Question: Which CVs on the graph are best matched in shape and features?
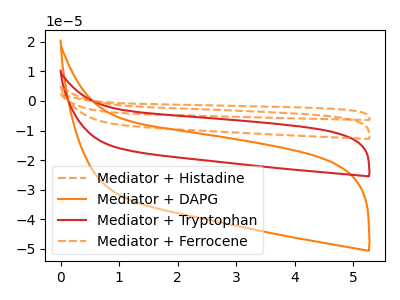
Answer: <think>The orange dashed curve "Mediator + Histadine" has no peaks. The orange curve "Mediator + DAPG" has no peaks. The red curve "Mediator + Tryptophan" has no peaks. The orange dashed curve "Mediator + Ferrocene" has no peaks.
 Neither "Mediator + Histadine" or "Mediator + DAPG" have any peaks. Neither "Mediator + Histadine" or "Mediator + Tryptophan" have any peaks. Neither "Mediator + Histadine" or "Mediator + Ferrocene" have any peaks. Neither "Mediator + DAPG" or "Mediator + Tryptophan" have any peaks. Neither "Mediator + DAPG" or "Mediator + Ferrocene" have any peaks. Neither "Mediator + Tryptophan" or "Mediator + Ferrocene" have any peaks.</think>
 <answer>"Mediator + DAPG", "Mediator + Histadine", "Mediator + Tryptophan" and "Mediator + Ferrocene" have the same shape and are likely CV's of the same chemical.</answer>
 <eval>"Mediator + DAPG" "Mediator + Histadine" "Mediator + Tryptophan" "Mediator + Ferrocene"</eval>